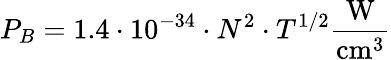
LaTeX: P_{B}=1.4\cdot 10^{-34}\cdot N^{2}\cdot T^{1/2}{\frac{\mathrm{W}}{\mathrm{cm}^{3}}}